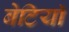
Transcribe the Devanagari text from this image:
बेटियाॅ